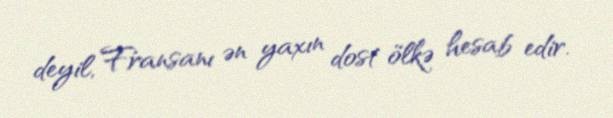
deyil, Fransanı ən yaxın dost ölkə hesab edir.